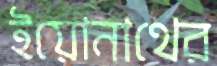
ইয়োনাথের